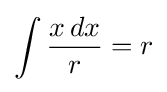
\int {\frac {x\,dx}{r}}=r